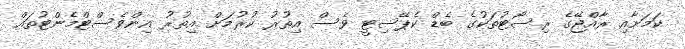
ކަމަށާއި ރާއްޖޭގެ ރިސޯޓުތަކުގެ ބެޑް ކެޕޭސިޓީ ވެސް އިތުރު ކުރުމަށް އިތުރު އިންވެސްޓްމެންޓުތައް